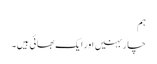
ہم
چار بہنیں اور ایک بھائی ہیں۔